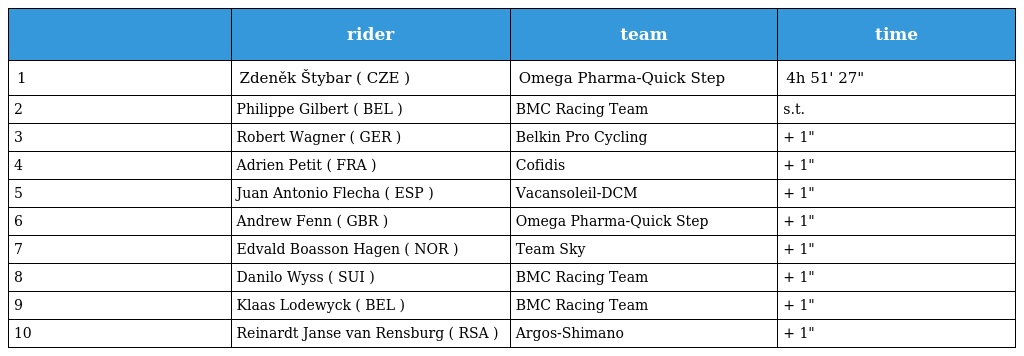
|  | rider | team | time |
 | --- | --- | --- | --- |
 | 1 | Zdeněk Štybar ( CZE ) | Omega Pharma-Quick Step | 4h 51' 27" |
 | 2 | Philippe Gilbert ( BEL ) | BMC Racing Team | s.t. |
 | 3 | Robert Wagner ( GER ) | Belkin Pro Cycling | + 1" |
 | 4 | Adrien Petit ( FRA ) | Cofidis | + 1" |
 | 5 | Juan Antonio Flecha ( ESP ) | Vacansoleil-DCM | + 1" |
 | 6 | Andrew Fenn ( GBR ) | Omega Pharma-Quick Step | + 1" |
 | 7 | Edvald Boasson Hagen ( NOR ) | Team Sky | + 1" |
 | 8 | Danilo Wyss ( SUI ) | BMC Racing Team | + 1" |
 | 9 | Klaas Lodewyck ( BEL ) | BMC Racing Team | + 1" |
 | 10 | Reinardt Janse van Rensburg ( RSA ) | Argos-Shimano | + 1" |